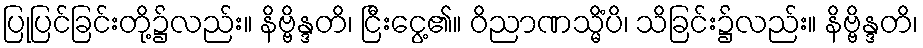
ပြုပြင်ခြင်းတို့၌လည်း။ နိဗ္ဗိန္ဒတိ၊ ငြီးငွေ့၏။ ဝိညာဏသ္မိံပိ၊ သိခြင်း၌လည်း။ နိဗ္ဗိန္ဒတိ၊